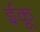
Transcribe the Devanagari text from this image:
ईकू